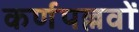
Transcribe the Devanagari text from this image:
कर्णपल्लवों